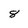
Character: 8